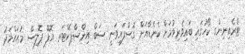
ޓްރެއިނިންގ ކޯހުގައި ބައިވެރިވުމަށް ކެނެޑާއަށް ގޮސްފައިވަނީ ސަބް އިންސްޕެކްޓަރ އޮފް ޕޮލިސް މުޙައްމަދު